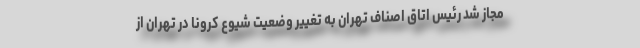
مجاز شد رئیس اتاق اصناف تهران به تغییر وضعیت شیوع کرونا در تهران از